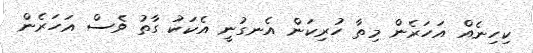
ކިހިނެއް އަހަރެން މިތާ ހުރިކަން އެނގުނީ އެކަކު ގާތު ވެސް އަހަރެން